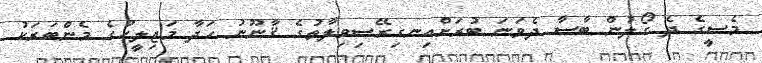
މެސީގެ ދެ ގޯލުން ބާސާ ދެވަނަ ބުރަށްއިނގިރޭސިވިލާތުގެ ޤާނޫނު ހަދާ މަޖިލީހުގެ މެންބަރަކު